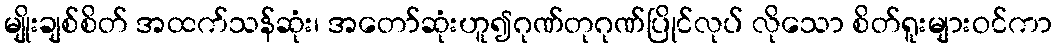
မျိုးချစ်စိတ် အထက်သန်ဆုံး၊ အတော်ဆုံးဟူ၍ဂုဏ်တုဂုဏ်ပြိုင်လုပ် လိုသော စိတ်ရူးများဝင်ကာ